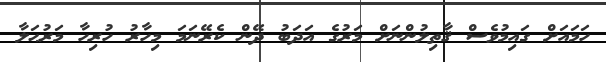
ހަމައަށް ގައިމުވެސް ޤާތިލުންނަށް މަރުގެ އަދަބު ދޭން ކެރޭނަމަ މިހާރު ހުރިހާ މަރުޙަލާ